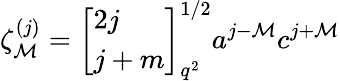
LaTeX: \zeta_{\mathcal{M}}^{(j)}=\left[\begin{array}{l}{{2j}}\\ {{j+m}}\end{array}\right]_{q^{2}}^{1/2}a^{j-\mathcal{M}}c^{j+\mathcal{M}}